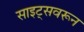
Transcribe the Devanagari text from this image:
साइट्सवरून